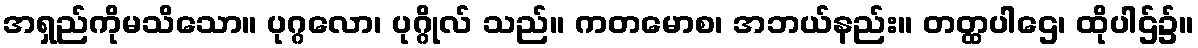
အရှည်ကိုမသိသော။ ပုဂ္ဂလော၊ ပုဂ္ဂိုလ် သည်။ ကတမောစ၊ အဘယ်နည်း။ တတ္ထပါဌေ၊ ထိုပါဌ်၌။